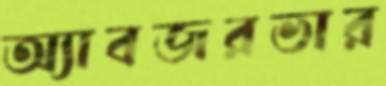
অ্যাবজরভার